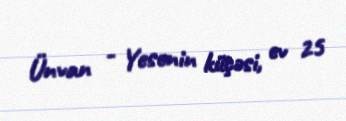
Ünvan - Yesenin küçəsi, ev 25